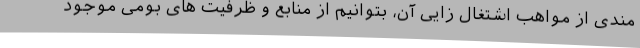
مندی از مواهب اشتغال زایی آن، بتوانیم از منابع و ظرفیت های بومی موجود